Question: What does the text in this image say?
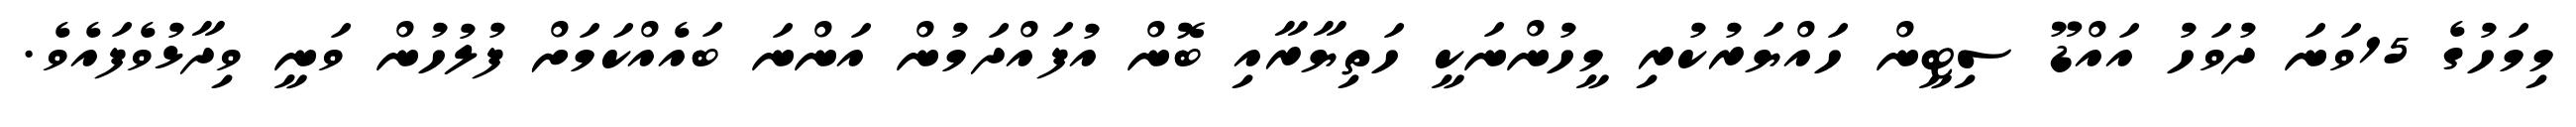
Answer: މިމަހުގެ 15ވަނަ ދުވަހު އައްޑޫ ސިޓީން ހައްޔަރުކުރި މީހުންނަކީ ހަތިޔާރާއި ބޮން އުފައްދަމުން އަންނަ ބައެއްކަމަށް ފުލުހުން ވަނީ ވިދާޅުވެފައެވެ.